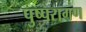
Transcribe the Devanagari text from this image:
पुष्परागण